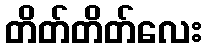
တိတ်တိတ်လေး